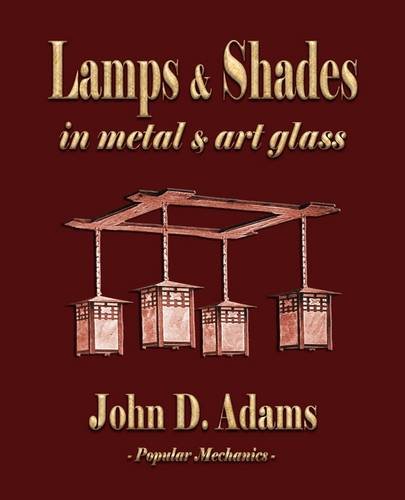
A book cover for Lamps and Shades - In Metal and Art Glass; John Duncan Adams; Crafts, Hobbies & Home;